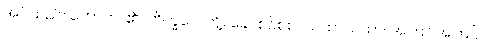
အပ်သည်။ ဟောတိ၊ ၏။ ဘိက္ခဝေ၊ တို့။ ခေါ၊ စင်စစ်။ ယထာယထာ၊ အကြင်အကြင်